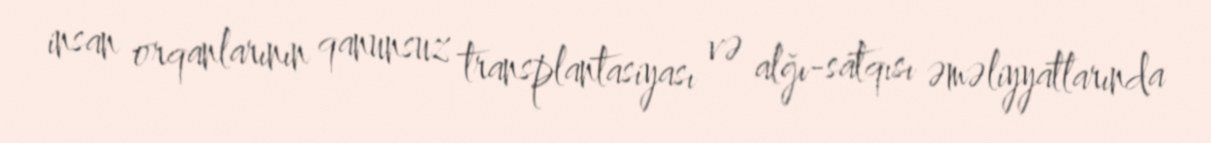
insan orqanlarının qanunsuz transplantasiyası və alğı-satqısı əməliyyatlarında